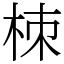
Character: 栜